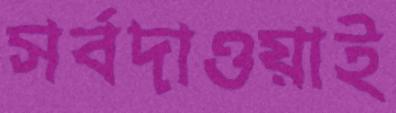
সর্বদাওয়াই